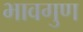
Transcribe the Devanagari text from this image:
भावगुण